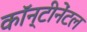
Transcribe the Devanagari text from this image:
कॉन्टीनेंटल